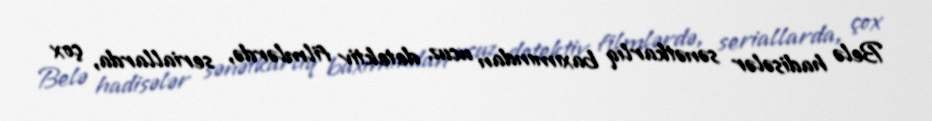
Belə hadisələr sənətkarlıq baxımından ucuz detektiv filmlərdə, seriallarda, çox